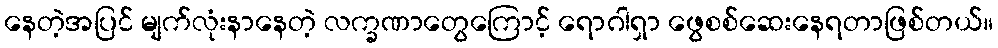
နေတဲ့အပြင် မျက်လုံးနာနေတဲ့ လက္ခဏာတွေကြောင့် ရောဂါရှာ ဖွေစစ်ဆေးနေရတာဖြစ်တယ်။